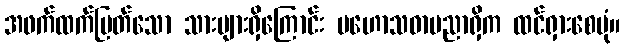
အဖက်ထက်မြတ်သော သားများရှိကြောင်း မဟောသဓာပညာရှိက ထင်ရှားစေပုံ။